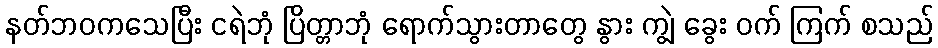
နတ်ဘဝကသေပြီး ငရဲဘုံ ပြိတ္တာဘုံ ရောက်သွားတာတွေ နွား ကျွဲ ခွေး ဝက် ကြက် စသည်